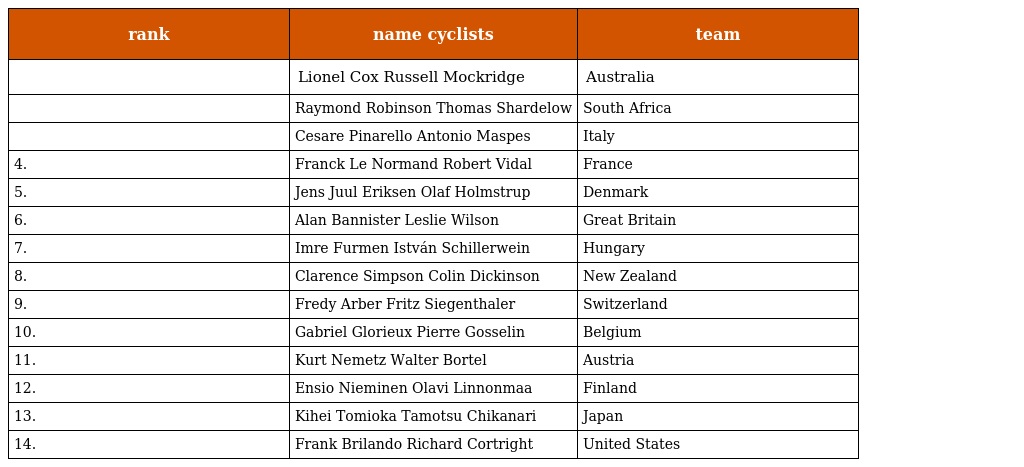
| rank | name cyclists | team |
 | --- | --- | --- |
 |  | Lionel Cox Russell Mockridge | Australia |
 |  | Raymond Robinson Thomas Shardelow | South Africa |
 |  | Cesare Pinarello Antonio Maspes | Italy |
 | 4. | Franck Le Normand Robert Vidal | France |
 | 5. | Jens Juul Eriksen Olaf Holmstrup | Denmark |
 | 6. | Alan Bannister Leslie Wilson | Great Britain |
 | 7. | Imre Furmen István Schillerwein | Hungary |
 | 8. | Clarence Simpson Colin Dickinson | New Zealand |
 | 9. | Fredy Arber Fritz Siegenthaler | Switzerland |
 | 10. | Gabriel Glorieux Pierre Gosselin | Belgium |
 | 11. | Kurt Nemetz Walter Bortel | Austria |
 | 12. | Ensio Nieminen Olavi Linnonmaa | Finland |
 | 13. | Kihei Tomioka Tamotsu Chikanari | Japan |
 | 14. | Frank Brilando Richard Cortright | United States |